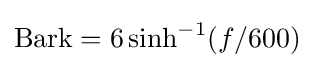
{\text{Bark}}=6\sinh ^{-1}(f/600)